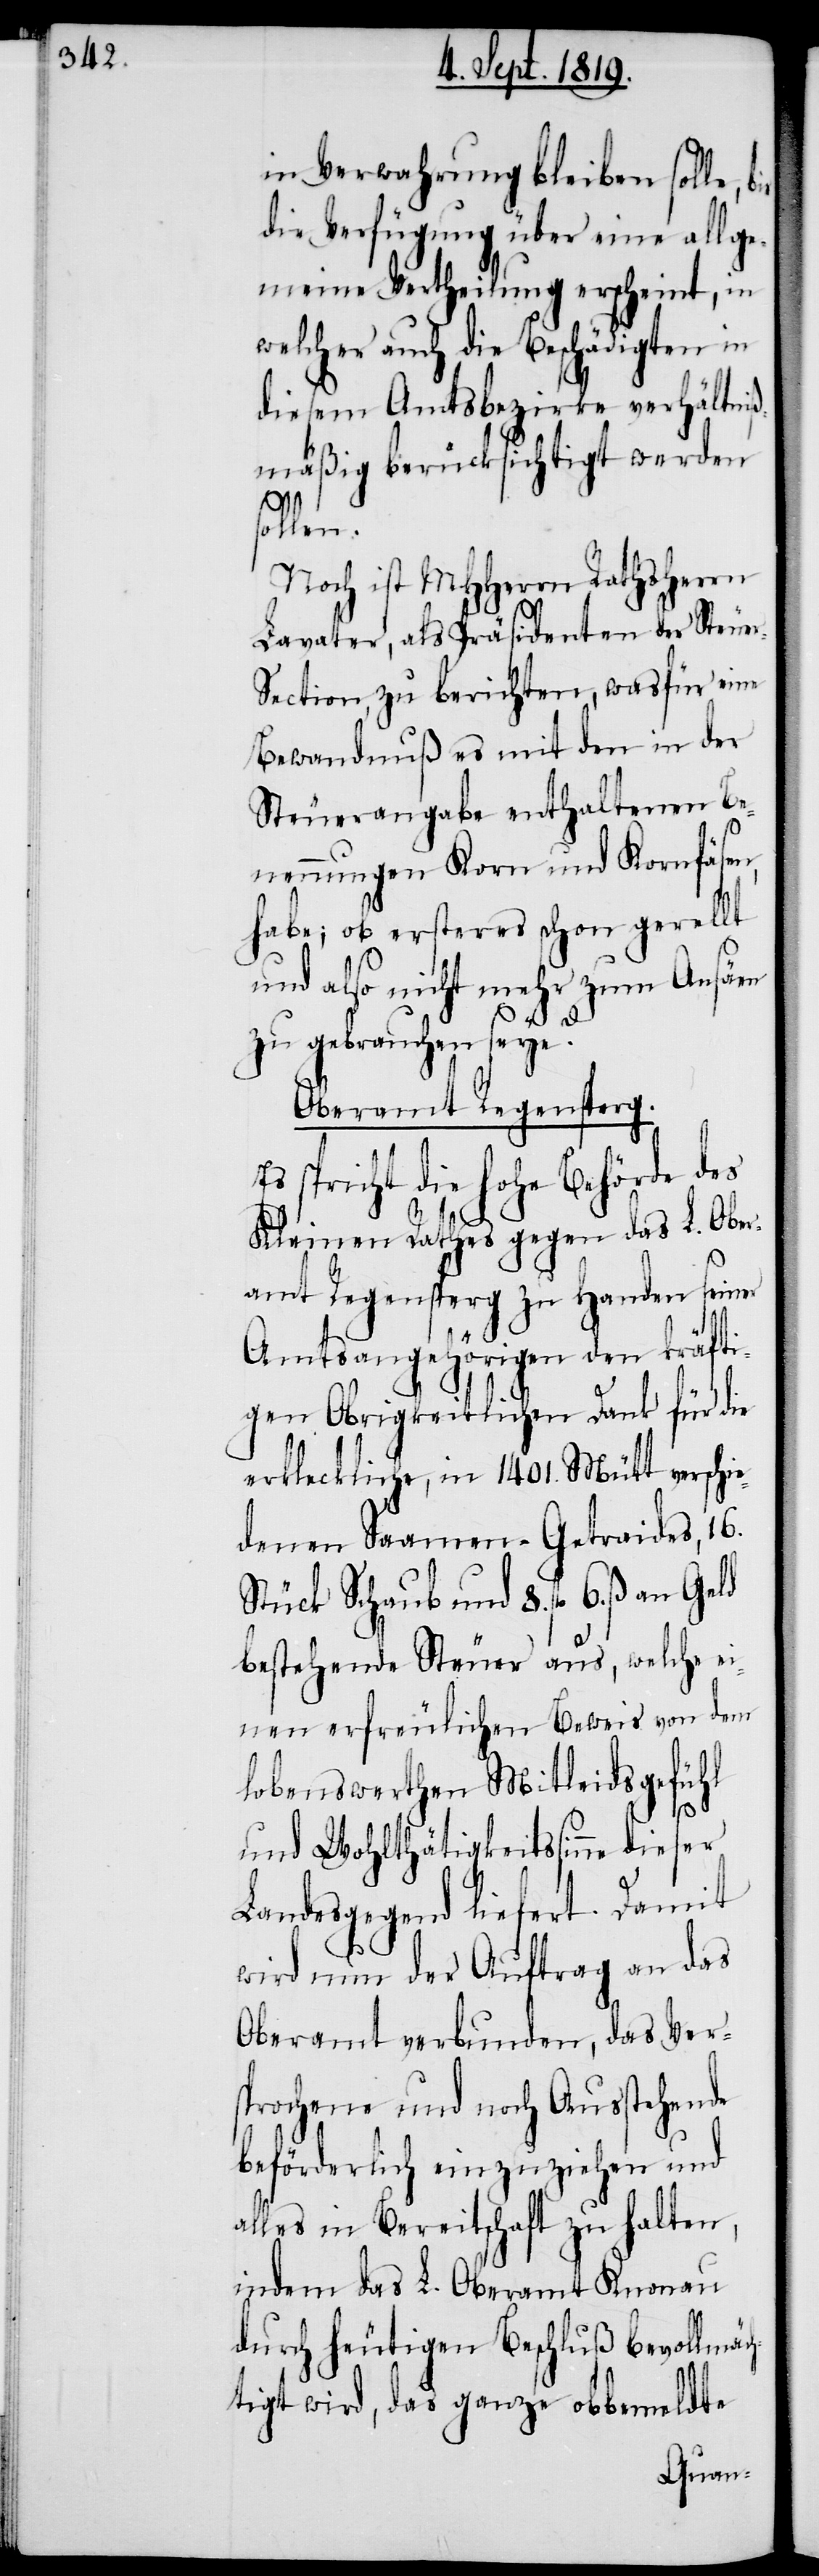
in Verwahrung bleiben solle,
die Verfügung über eine allge¬
meine Vertheilung erscheint, in
welcher auch die Beschädigten in
diesem Amtsbezirke verhältniß¬
mäßig berücksichtigt werden
r-Se¬
Noch ist MHHerrn Rathsherrn
Lavater, als Präsidenten der Steue¬
ction, zu berichten, was für eine
Bewandnuß es mit den in der
Steuerangabe enthaltenen Be¬
nennungen Korn und Kornfäsen,
habe; ob ersteres schon gerellt
und also nicht mehr zum Ansäen
zu gebrauchen sey?
Oberamt Regensperg.
spricht die hohe Behörde des
Kleinen Rathes gegen das L. Ober¬
amt Regensperg zu Handen seiner
Amtsangehörigen den kräfti¬
gen Obrigkeitlichen Dank für die
erkleckliche, in 1401. Mütt verschie¬
denen Saamen-Getraides, 16.
Stück Schaub und 8. fl. 6. ß.
bestehende Steuer aus, welche ei¬
nen erfreulichen Beweis von dem
lobenswerthen Mitleidsgefühl
und Wohltätigkeitssinne
Landesgegend liefert. Damit
wird nun der Auftrag an das
Oberamt verbunden, das Ver¬
sprochene und noch Ausstehende
beförderlich einzuziehen und
alles in Bereitschaft zu halten,
indem das L. Oberamt Knonau
durch heutigen Beschluß bevollmäc¬
htigt wird, das ganze obbemeldte